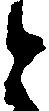
と